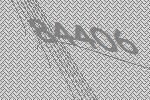
84406